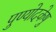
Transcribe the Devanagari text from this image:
पुण्योदकेषु